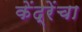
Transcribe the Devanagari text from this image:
केंद्रेंचा